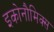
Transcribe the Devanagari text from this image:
इकोनौमिक्स